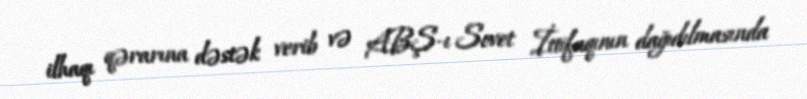
ilhaqı qərarına dəstək verib və ABŞ-ı Sovet İttifaqının dağıdılmasında